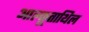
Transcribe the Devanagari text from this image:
आल्कूताथिल